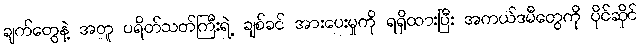
ချက်တွေနဲ့ အတူ ပရိတ်သတ်ကြီးရဲ့ ချစ်ခင် အားပေးမှုကို ရရှိထားပြီး အကယ်ဒမီတွေကို ပိုင်ဆိုင်